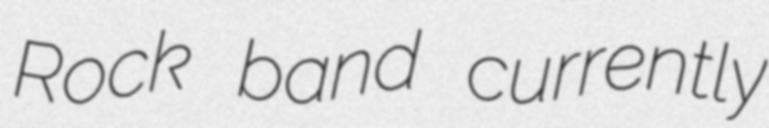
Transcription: Rock band currently